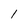
Character: 1